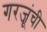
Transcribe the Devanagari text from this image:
गरजूंची